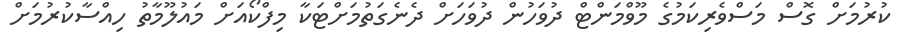
ކުރުމަށް ގޮސް މަސްވެރިކަމުގެ މޫވްމަންޓް ދުވަހުން ދުވަހަށް ދެނެގަތުމަށްޓަކާ މިފްކޯއަށް މައުލޫމާތު ހިއްސާކުރުމަށް